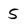
Character: 5